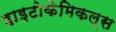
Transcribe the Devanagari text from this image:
हाइटोकेमिकल्स